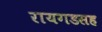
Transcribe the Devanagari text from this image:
रायगडसह